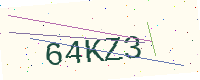
Text: 64KZ3